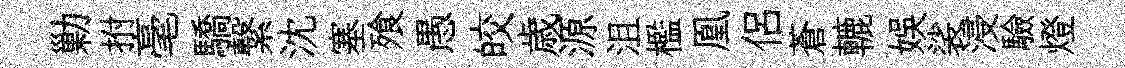
勦拊毫驕繋沈塞飱愚皎歳源沮檻凰侣蒼轆娱裟浸驗燈